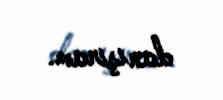
danışıram.